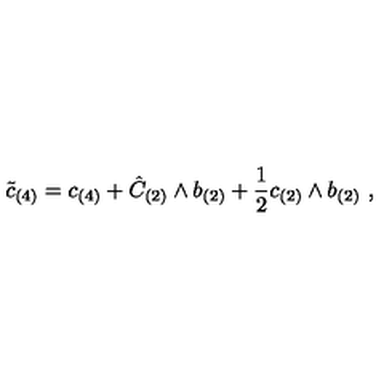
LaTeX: \tilde { c } _ { ( 4 ) } = c _ { ( 4 ) } + \hat { C } _ { ( 2 ) } \wedge b _ { ( 2 ) } + \frac { 1 } { 2 } c _ { ( 2 ) } \wedge b _ { ( 2 ) } \ ,